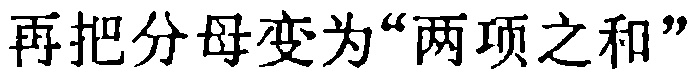
再把分母变为“两项之和”